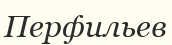
Перфильев